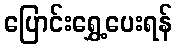
ပြောင်းရွှေ့ပေးရန်